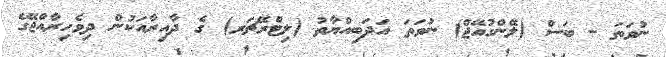
ނުވަތަ - ބަސް (ލޭންގުއޭޖް) ނުވަތަ އަދަބިއްޔާތު (ލިޓްރޭޗަރ) ގެ ދާއިރާއަކުން ދިވެހިރާއްޖޭގެ